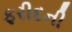
ફરીદની